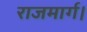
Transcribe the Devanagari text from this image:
राजमार्ग।